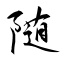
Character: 随